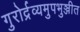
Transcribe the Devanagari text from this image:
गुरोर्द्रव्यमुपभुञ्जीत